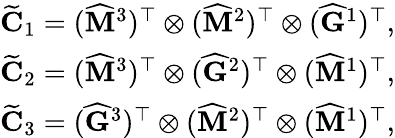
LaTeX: \begin{array}{r}{\widetilde{\mathbf{C}}_{1}=(\widehat{\mathbf{M}}^{3})^{\top}\otimes(\widehat{\mathbf{M}}^{2})^{\top}\otimes(\widehat{\mathbf{G}}^{1})^{\top},}\\ {\widetilde{\mathbf{C}}_{2}=(\widehat{\mathbf{M}}^{3})^{\top}\otimes(\widehat{\mathbf{G}}^{2})^{\top}\otimes(\widehat{\mathbf{M}}^{1})^{\top},}\\ {\widetilde{\mathbf{C}}_{3}=(\widehat{\mathbf{G}}^{3})^{\top}\otimes(\widehat{\mathbf{M}}^{2})^{\top}\otimes(\widehat{\mathbf{M}}^{1})^{\top},}\end{array}